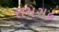
રામગઢ